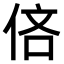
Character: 𫢧